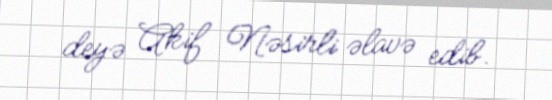
deyə Akif Nəsirli əlavə edib.